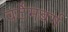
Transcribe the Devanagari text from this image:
वर्टेमबर्ग